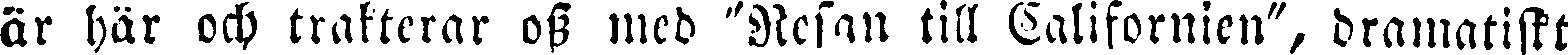
är här och trakterar oss med "Resan till Californien", dramatiskt